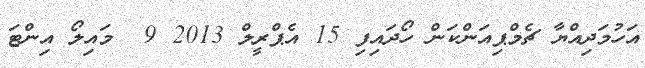
އަހުމަދިއްޔާ ޗެމްޕިއަންކަން ހޯދައިފި 15 އެޕްރީލް 2013 9  މައިލޯ އިންޓަ